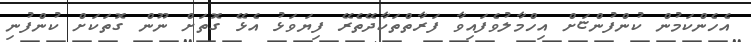
އެހެންކަމުން ކުންފުންޏަށް އިހްމާލުވެފައިވާ ފަރާތްތަކާދޭތެރޭ ފިޔަވަޅު އެޅޭ ގޮތަށް ނޫން ގޮތަކަށް ކުންފުނި